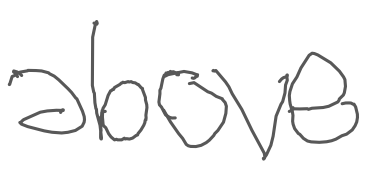
Text: above
Cross-out: clean
Writing tool: digital_gray